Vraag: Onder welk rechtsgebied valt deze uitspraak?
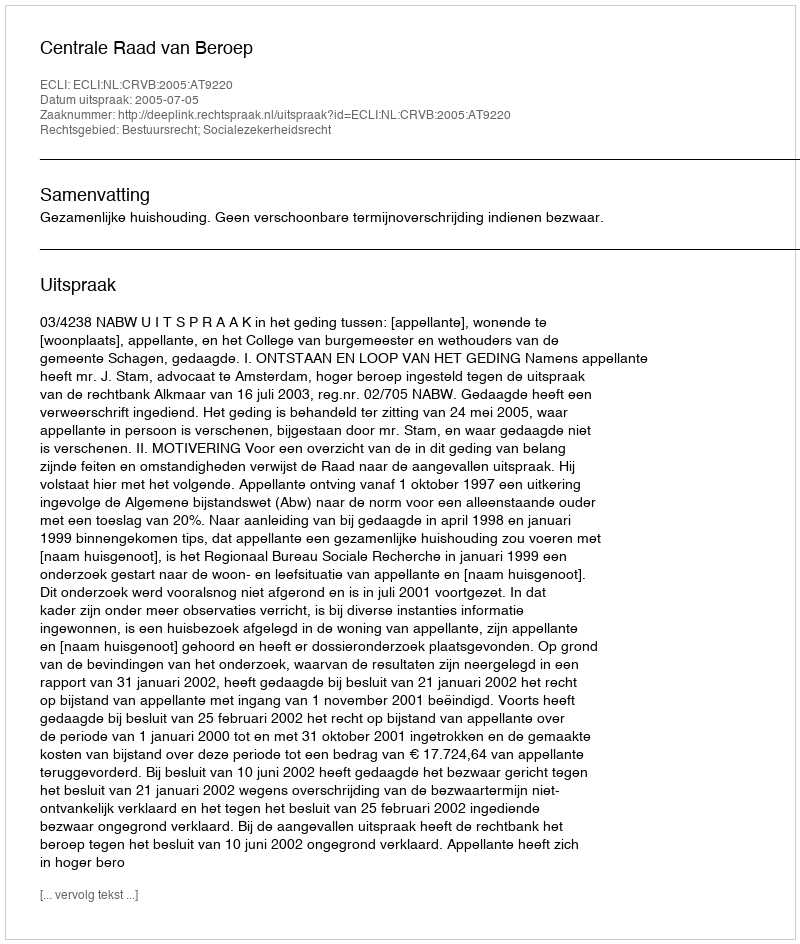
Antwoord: Bestuursrecht; Socialezekerheidsrecht